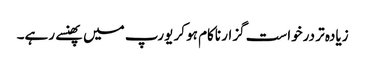
زیادہ تر درخواست گزار ناکام ہو کر یورپ میں پھنسے رہے۔